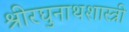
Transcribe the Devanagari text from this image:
श्रीरघुनाथशास्त्री